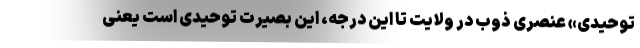
توحیدی» عنصری ذوب در ولایت تا این درجه، این بصیرت توحیدی است یعنی